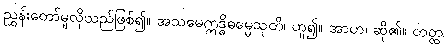
ညွှန်းတော်မူလိုသည်ဖြစ်၍။ အသမေဣဒ္ဓိဓမ္မေသုတိ၊ ဟူ၍။ အာဟ၊ ဆို၏။ တတ္ထ၊